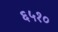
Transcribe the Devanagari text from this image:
६५१०